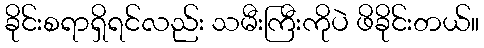
ခိုင်းစရာရှိရင်လည်း သမီးကြီးကိုပဲ ဖိခိုင်းတယ်။